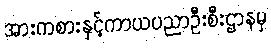
အားကစားနှင့်ကာယပညာဦးစီးဌာနမှ